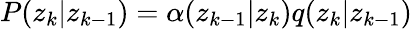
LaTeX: P(z_{k}|z_{k-1})=\alpha(z_{k-1}|z_{k})q(z_{k}|z_{k-1})